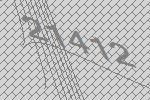
21412